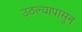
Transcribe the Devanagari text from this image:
उठल्यापासून